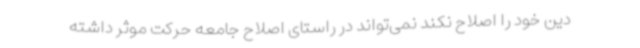
دین خود را اصلاح نکند نمی‌تواند در راستای اصلاح جامعه حرکت موثر داشته